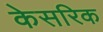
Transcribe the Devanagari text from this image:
केसरिक